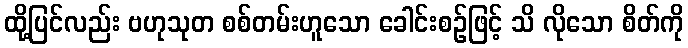
ထို့ပြင်လည်း ဗဟုသုတ စစ်တမ်းဟူသော ခေါင်းစဉ်ဖြင့် သိ လိုသော စိတ်ကို